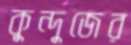
কুন্দুজের